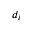
d _ { i }